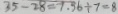
3 5 - 2 8 = 7 . 5 6 \div 7 = 8